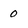
Character: 0